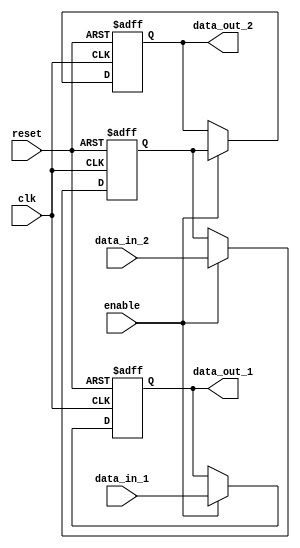
module bypass_register(
    input wire clk,           // Clock input
    input wire reset,         // Reset input
    input wire data_in_1,     // Data input from path 1
    input wire data_in_2,     // Data input from path 2
    input wire enable,        // Enable signal

    output reg data_out_1,    // Data output for path 1
    output reg data_out_2     // Data output for path 2
);

reg bypass_reg;              // Bypass register

always @(posedge clk or posedge reset) begin
    if (reset) begin
        bypass_reg <= 0;
        data_out_1 <= 0;
        data_out_2 <= 0;
    end else if (enable) begin
        bypass_reg <= data_in_2;    // Store data from path 2 in bypass register
        data_out_1 <= data_in_1;    // Pass data from path 1 to output 1
        data_out_2 <= bypass_reg;   // Pass data from bypass register to output 2
    end
end

endmodule